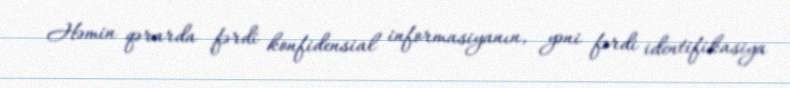
Həmin qərarda fərdi konfidensial informasiyanın, yəni fərdi identifikasiya